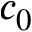
c _ { 0 }